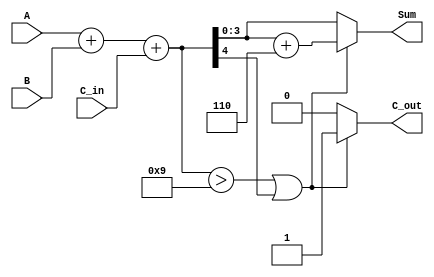
module BCD_Asynchronous_Adder (
    input [3:0] A,       // First BCD digit
    input [3:0] B,       // Second BCD digit
    input C_in,          // Carry input
    output reg [3:0] Sum, // BCD sum output
    output reg C_out      // Carry output
);

    wire [4:0] binary_sum; // Intermediate binary sum (5 bits to accommodate carry)
    wire correction_needed; // Signal to determine if BCD correction is needed

    // Step 1: Binary Addition
    assign binary_sum = A + B + C_in;

    // Step 2: BCD Correction Logic
    assign correction_needed = (binary_sum > 9) || (binary_sum[4]);

    always @(*) begin
        if (correction_needed) begin
            // If correction is needed, add 6 (0b0110)
            Sum = binary_sum + 6; // Perform correction
            C_out = 1;             // Set carry out since correction occurred
        end else begin
            Sum = binary_sum[3:0]; // Valid BCD sum without correction
            C_out = 0;              // No carry out
        end
    end

endmodule